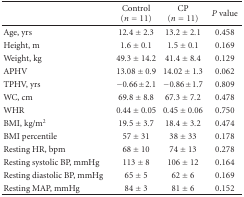
|  | Control (n = 11) | CP (n = 11) | P value |
 | --- | --- | --- | --- |
 | Age, yrs | 12.4 ± 2.3 | 13.2 ± 2.1 | 0.458 |
 | Height, m | 1.6 ± 0.1 | 1.5 ± 0.1 | 0.169 |
 | Weight, kg | 49.3 ± 14.2 | 41.4 ± 8.4 | 0.129 |
 | APHV | 13.08 ± 0.9 | 14.02 ± 1.3 | 0.062 |
 | TPHV, yrs | −0.66 ± 2.1 | −0.86 ± 1.7 | 0.809 |
 | WC, cm | 69.8 ± 8.8 | 67.3 ± 7.2 | 0.478 |
 | WHR | 0.44 ± 0.05 | 0.45 ± 0.06 | 0.750 |
 | BMI, kg/m2 | 19.5 ± 3.7 | 18.4 ± 3.2 | 0.474 |
 | BMI percentile | 57 ± 31 | 38 ± 33 | 0.178 |
 | Resting HR, bpm | 68 ± 10 | 74 ± 13 | 0.278 |
 | Resting systolic BP, mmHg | 113 ± 8 | 106 ± 12 | 0.164 |
 | Resting diastolic BP, mmHg | 65 ± 5 | 62 ± 6 | 0.169 |
 | Resting MAP, mmHg | 84 ± 3 | 81 ± 6 | 0.152 |